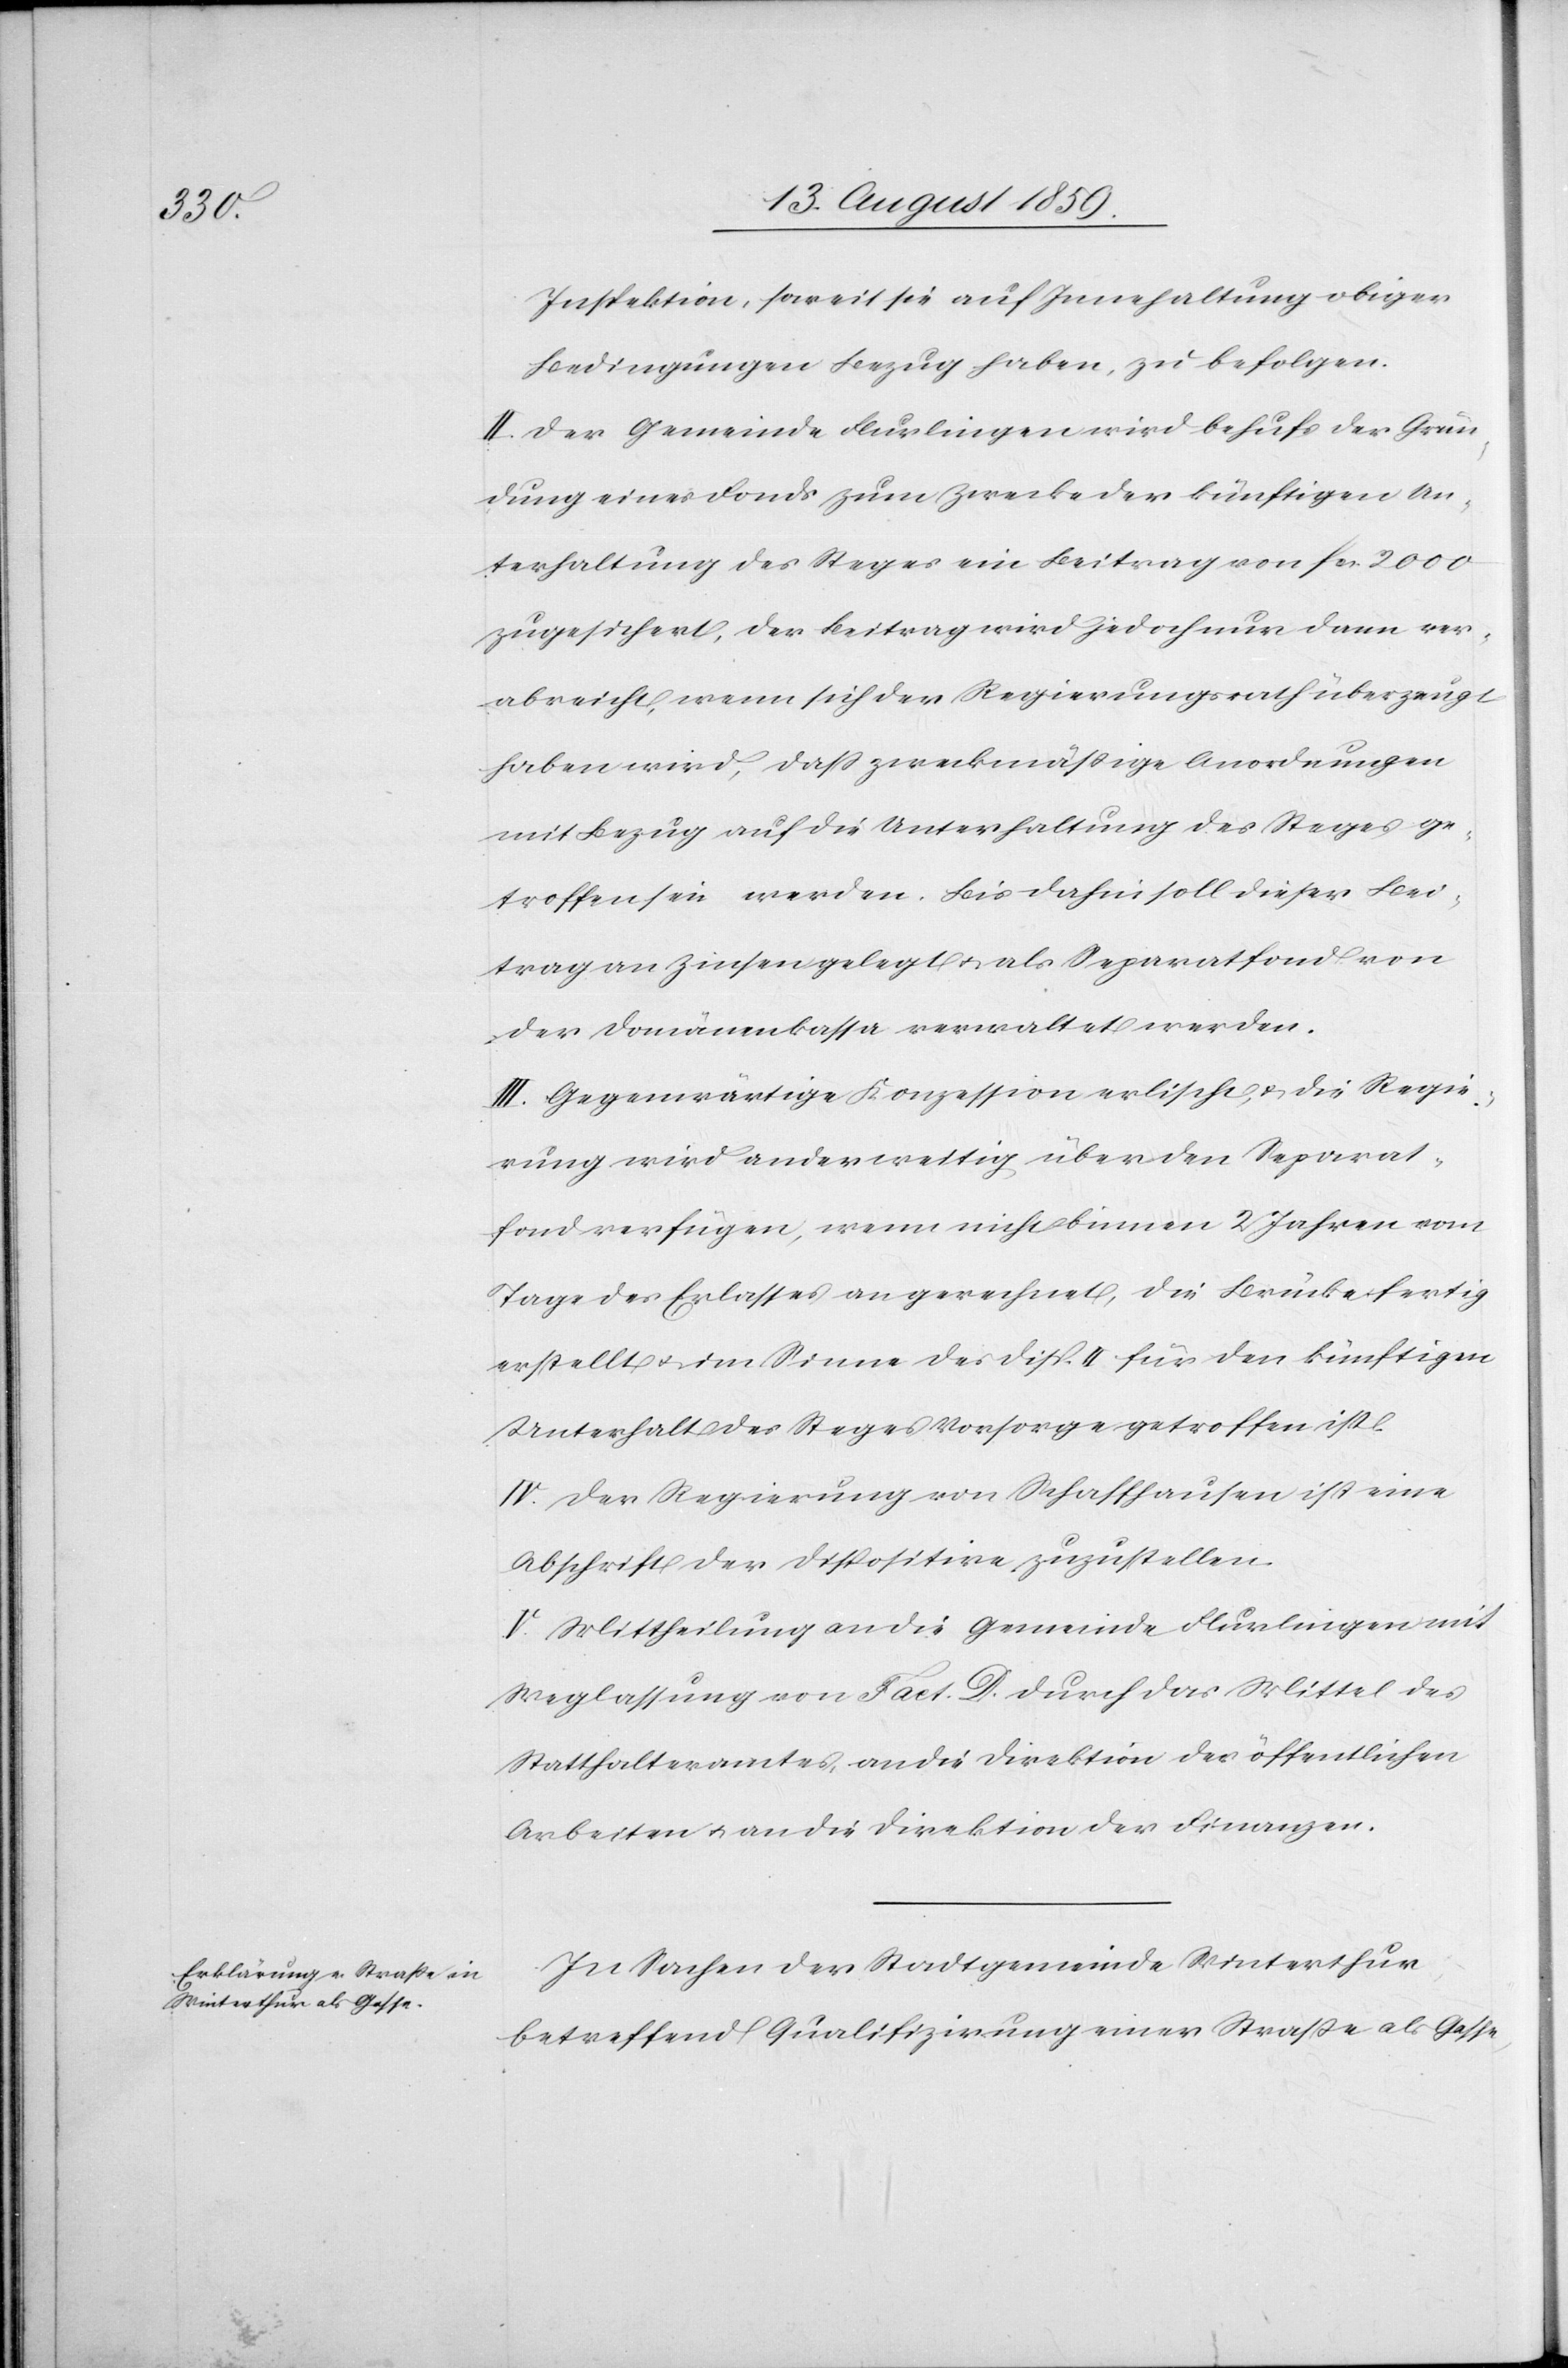
Inspektion, soweit sie auf Innehaltung obiger
Bedingungen Bezug haben, zu befolgen.
II. Der Gemeinde Flurlingen wird behufs der Grün¬
dung eines Fonds zum Zwecke der künftigen Un¬
terhaltung des Steges ein Beitrag von fcs. 2000
zugesichert, der Beitrag wird jedoch nur dann ver¬
abreicht, wenn sich der Regierungsrath überzeugt
haben wird, daß zweckmäßige Anordnungen
mit Bezug auf die Unterhaltung des Steges ge¬
troffen sein werden. Bis dahin soll dieser Bei¬
trag an Zinsen gelegt u. als Separatfond von
der Domänenkassa verwaltet werden.
III. Gegenwärtige Konzession erlischt u. die Regie¬
rung wird anderweitig über den Separat¬
fond verfügen, wenn nicht binnen 2 Jahren vom
Tage des Erlasses an gerechnet, die Brücke fertig
erstellt u. im Sinne des Disp. II für den künftigen
Unterhalt des Steges Vorsorge getroffen ist.
IV. Der Regierung von Schaffhausen ist eine
Abschrift der Dispositive zuzustellen.
V. Mittheilung an die Gemeinde Flurlingen mit
Weglassung von Fact. D durch das Mittel des
Statthalteramtes, an die Direktion der öffentlichen
Arbeiten u. an die Direktion der Finanzen.
In Sachen der Stadtgemeinde Winterthur
betreffend Qualifizirung einer Straße als Gasse